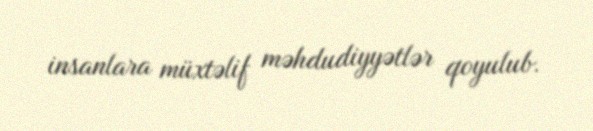
insanlara müxtəlif məhdudiyyətlər qoyulub.